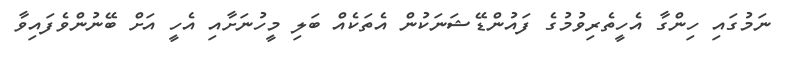
ނަމުގައި ހިންގާ އެހީތެރިވުމުގެ ފައުންޑޭޝަނަކުން އެތަކެއް ބަލި މީހުނަށާއި އެހީ އަށް ބޭނުންވެފައިވާ